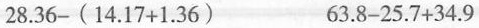
28.36-(14.17+1.36) 63.8-25.7+34.9